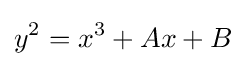
y^{2}=x^{3}+Ax+B